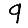
Digit: 9